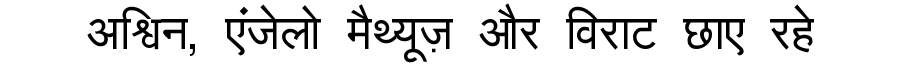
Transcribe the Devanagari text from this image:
अश्विन, एंजेलो मैथ्यूज़ और विराट छाए रहे